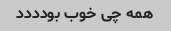
همه چی خوب بودددد